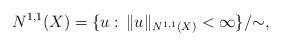
LaTeX: \begin{align*}N^{1,1}(X)=\{u:\,\|u\|_{N^{1,1}(X)}<\infty\}/{\sim},\end{align*}